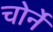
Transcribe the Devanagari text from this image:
चोर्ने